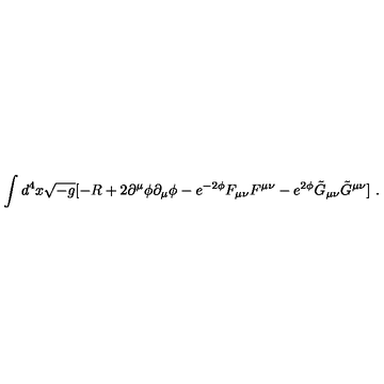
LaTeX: \int { d ^ { 4 } x \sqrt { - g } [ - R + 2 \partial ^ { \mu } \phi \partial _ { \mu } \phi - e ^ { - 2 \phi } F _ { \mu \nu } F ^ { \mu \nu } - e ^ { 2 \phi } \tilde { G } _ { \mu \nu } \tilde { G } ^ { \mu \nu } ] } \ .